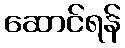
ဆောင်ရန်